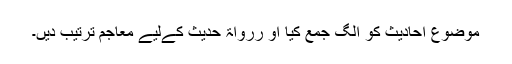
موضوع احادیث کو الگ جمع کیا او ررواۃ حدیث کےلیے معاجم ترتیب دیں۔